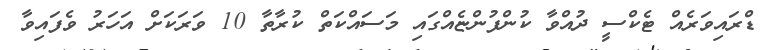
ޑްރައިވަރެއް ޓެކްސީ ދުއްވާ ކުންފުންޏެއްގައި މަސައްކަތް ކުރާތާ 10 ވަރަކަށް އަހަރު ވެފައިވާ